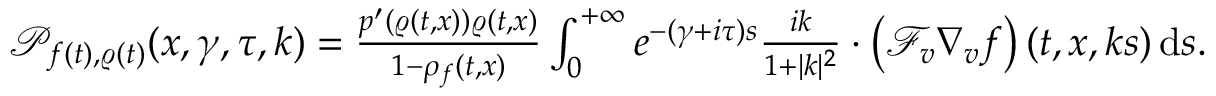
\begin{array} { r } { \mathscr { P } _ { f ( t ) , \varrho ( t ) } ( x , \gamma , \tau , k ) = \frac { p ^ { \prime } ( \varrho ( t , x ) ) \varrho ( t , x ) } { 1 - \rho _ { f } ( t , x ) } \int _ { 0 } ^ { + \infty } e ^ { - ( \gamma + i \tau ) s } \frac { i k } { 1 + \vert k \vert ^ { 2 } } \cdot \left( \mathcal { F } _ { v } \nabla _ { v } f \right) ( t , x , k s ) \, \mathrm { d } s . } \end{array}